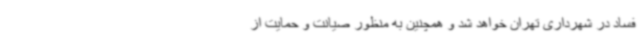
فساد در شهرداری تهران خواهد شد و همچنین به منظور صیانت و حمایت از